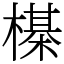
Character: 㯦